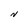
Character: N